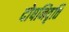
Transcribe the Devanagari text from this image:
दोषनिवृत्ति